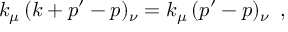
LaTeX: k _ { \mu } \, ( k + p ^ { \prime } - p ) _ { \nu } = k _ { \mu } \, ( p ^ { \prime } - p ) _ { \nu } \, \, \, ,